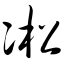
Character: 凇